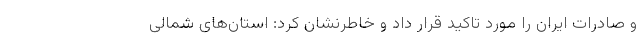
و صادرات ایران را مورد تاکید قرار داد و خاطرنشان کرد: استان‌های شمالی